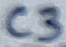
Text: C3